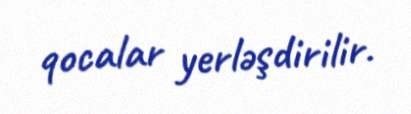
qocalar yerləşdirilir.